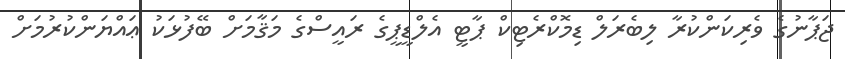
ޖަޕާނުގެ ވެރިކަންކުރާ ލިބެރަލް ޑިމޮކްރެޓިކް ޕާޓީ އެލްޑީޕީގެ ރައީސްގެ މަޤާމަށް ބޭފުޅަކު ޢައްޔަންކުރުމަށް